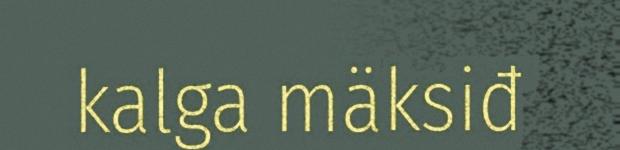
kalga mäksiđ